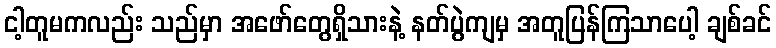
ငါ့တူမကလည်း သည်မှာ အဖော်တွေရှိသားနဲ့ နတ်ပွဲကျမှ အတူပြန်ကြသာပေါ့ ချစ်ခင်